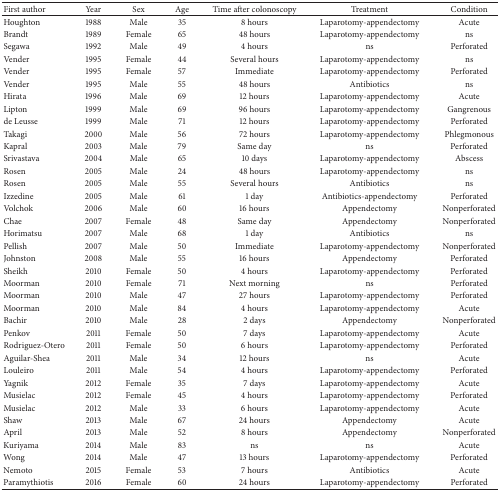
<table><thead><tr><td><b>First author</b></td><td><b>Year</b></td><td><b>Sex</b></td><td><b>Age</b></td><td><b>Time after colonoscopy</b></td><td><b>Treatment</b></td><td><b>Condition</b></td></tr></thead><tbody><tr><td>Houghton</td><td>1988</td><td>Male</td><td>35</td><td>8 hours</td><td>Laparotomy-appendectomy</td><td>Acute</td></tr><tr><td>Brandt</td><td>1989</td><td>Female</td><td>65</td><td>48 hours</td><td>Laparotomy-appendectomy</td><td>ns</td></tr><tr><td>Segawa</td><td>1992</td><td>Male</td><td>49</td><td>4 hours</td><td>ns</td><td>Perforated</td></tr><tr><td>Vender</td><td>1995</td><td>Female</td><td>44</td><td>Several hours</td><td>Laparotomy-appendectomy</td><td>ns</td></tr><tr><td>Vender</td><td>1995</td><td>Female</td><td>57</td><td>Immediate</td><td>Laparotomy-appendectomy</td><td>Perforated</td></tr><tr><td>Vender</td><td>1995</td><td>Male</td><td>55</td><td>48 hours</td><td>Antibiotics</td><td>ns</td></tr><tr><td>Hirata</td><td>1996</td><td>Male</td><td>69</td><td>12 hours</td><td>Laparotomy-appendectomy</td><td>Acute</td></tr><tr><td>Lipton</td><td>1999</td><td>Male</td><td>69</td><td>96 hours</td><td>Laparotomy-appendectomy</td><td>Gangrenous</td></tr><tr><td>de Leusse</td><td>1999</td><td>Male</td><td>71</td><td>12 hours</td><td>Laparotomy-appendectomy</td><td>Perforated</td></tr><tr><td>Takagi</td><td>2000</td><td>Male</td><td>56</td><td>72 hours</td><td>Laparotomy-appendectomy</td><td>Phlegmonous</td></tr><tr><td>Kapral</td><td>2003</td><td>Male</td><td>79</td><td>Same day</td><td>ns</td><td>Perforated</td></tr><tr><td>Srivastava</td><td>2004</td><td>Male</td><td>65</td><td>10 days</td><td>Laparotomy-appendectomy</td><td>Abscess</td></tr><tr><td>Rosen</td><td>2005</td><td>Male</td><td>24</td><td>48 hours</td><td>Laparotomy-appendectomy</td><td>ns</td></tr><tr><td>Rosen</td><td>2005</td><td>Male</td><td>55</td><td>Several hours</td><td>Antibiotics</td><td>ns</td></tr><tr><td>Izzedine</td><td>2005</td><td>Male</td><td>61</td><td>1 day</td><td>Antibiotics-appendectomy</td><td>Perforated</td></tr><tr><td>Volchok</td><td>2006</td><td>Male</td><td>60</td><td>16 hours</td><td>Appendectomy</td><td>Nonperforated</td></tr><tr><td>Chae</td><td>2007</td><td>Female</td><td>48</td><td>Same day</td><td>Appendectomy</td><td>Nonperforated</td></tr><tr><td>Horimatsu</td><td>2007</td><td>Male</td><td>68</td><td>1 day</td><td>Antibiotics</td><td>ns</td></tr><tr><td>Pellish</td><td>2007</td><td>Male</td><td>50</td><td>Immediate</td><td>Laparotomy-appendectomy</td><td>Nonperforated</td></tr><tr><td>Johnston</td><td>2008</td><td>Male</td><td>55</td><td>16 hours</td><td>Appendectomy</td><td>Perforated</td></tr><tr><td>Sheikh</td><td>2010</td><td>Female</td><td>50</td><td>4 hours</td><td>Laparotomy-appendectomy</td><td>Perforated</td></tr><tr><td>Moorman</td><td>2010</td><td>Female</td><td>71</td><td>Next morning</td><td>ns</td><td>Perforated</td></tr><tr><td>Moorman</td><td>2010</td><td>Male</td><td>47</td><td>27 hours</td><td>Laparotomy-appendectomy</td><td>Perforated</td></tr><tr><td>Moorman</td><td>2010</td><td>Male</td><td>84</td><td>4 hours</td><td>Laparotomy-appendectomy</td><td>Acute</td></tr><tr><td>Bachir</td><td>2010</td><td>Male</td><td>28</td><td>2 days</td><td>Appendectomy</td><td>Nonperforated</td></tr><tr><td>Penkov</td><td>2011</td><td>Female</td><td>50</td><td>7 days</td><td>Laparotomy-appendectomy</td><td>Acute</td></tr><tr><td>Rodriguez-Otero</td><td>2011</td><td>Female</td><td>50</td><td>6 hours</td><td>Laparotomy-appendectomy</td><td>Perforated</td></tr><tr><td>Aguilar-Shea</td><td>2011</td><td>Male</td><td>34</td><td>12 hours</td><td>ns</td><td>Acute</td></tr><tr><td>Louleiro</td><td>2011</td><td>Male</td><td>54</td><td>4 hours</td><td>Laparotomy-appendectomy</td><td>Perforated</td></tr><tr><td>Yagnik</td><td>2012</td><td>Female</td><td>35</td><td>7 days</td><td>Laparotomy-appendectomy</td><td>Acute</td></tr><tr><td>Musielac</td><td>2012</td><td>Female</td><td>45</td><td>4 hours</td><td>Laparotomy-appendectomy</td><td>Perforated</td></tr><tr><td>Musielac</td><td>2012</td><td>Male</td><td>33</td><td>6 hours</td><td>Laparotomy-appendectomy</td><td>Acute</td></tr><tr><td>Shaw</td><td>2013</td><td>Male</td><td>67</td><td>24 hours</td><td>Appendectomy</td><td>Acute</td></tr><tr><td>April</td><td>2013</td><td>Male</td><td>52</td><td>8 hours</td><td>Appendectomy</td><td>Nonperforated</td></tr><tr><td>Kuriyama</td><td>2014</td><td>Male</td><td>83</td><td>ns</td><td>ns</td><td>Acute</td></tr><tr><td>Wong</td><td>2014</td><td>Male</td><td>47</td><td>13 hours</td><td>Laparotomy-appendectomy</td><td>Perforated</td></tr><tr><td>Nemoto</td><td>2015</td><td>Female</td><td>53</td><td>7 hours</td><td>Antibiotics</td><td>Acute</td></tr><tr><td>Paramythiotis</td><td>2016</td><td>Female</td><td>60</td><td>24 hours</td><td>Laparotomy-appendectomy</td><td>Perforated</td></tr></tbody></table>